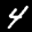
Label: 4